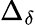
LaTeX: \Delta_{\delta}